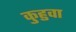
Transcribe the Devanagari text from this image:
कुहुवा